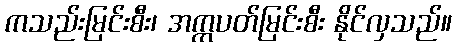
ကသည်းမြင်းစီး၊ အက္ကပတ်မြင်းစီး နိုင်လှသည်။